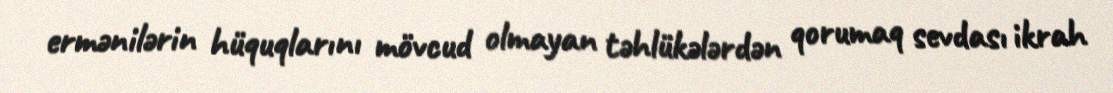
ermənilərin hüquqlarını mövcud olmayan təhlükələrdən qorumaq sevdası ikrah